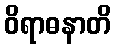
ဝိရာဓနာတိ